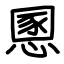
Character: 慁